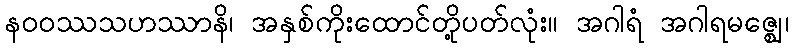
နဝဝဿသဟဿာနိ၊ အနှစ်ကိုးထောင်တို့ပတ်လုံး။ အဂါရံ အဂါရမဇ္ဈေ၊